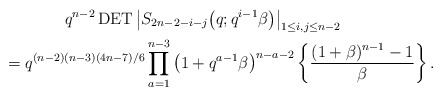
\begin{gather*} q^{n-2} \operatorname{DET} \big| S_{2n-2-i-j}\big(q; q^{i-1} \beta\big) \big|_{1 \le i,j \le n-2}\\ \qquad{}= q^{(n-2)(n-3)(4n-7)/6} \prod_{a=1}^{n-3}\big(1+q^{a-1} \beta\big)^{n-a-2}\left\{{(1+ \beta)^{n-1}-1 \over \beta} \right\}.\end{gather*}